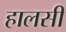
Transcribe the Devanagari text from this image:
हालसी